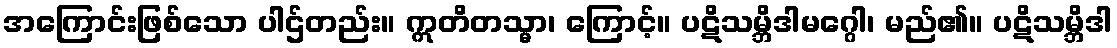
အကြောင်းဖြစ်သော ပါဌ်တည်း။ ဣတိတသ္မာ၊ ကြောင့်။ ပဋိသမ္ဘိဒါမဂ္ဂေါ၊ မည်၏။ ပဋိသမ္ဘိဒါ